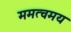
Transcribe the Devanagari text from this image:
ममत्वमय